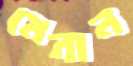
মেনান